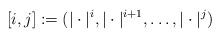
LaTeX: \begin{align*} [i,j]:=(|\cdot|^i, |\cdot|^{i+1}, \ldots, |\cdot|^j)\end{align*}